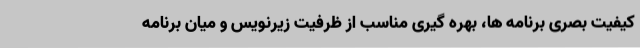
کیفیت بصری برنامه ها، بهره گیری مناسب از ظرفیت زیرنویس و میان برنامه